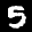
Label: 5